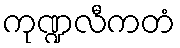
ကုဏ္ဍလီကတံ